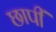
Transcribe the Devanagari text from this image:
छापीं